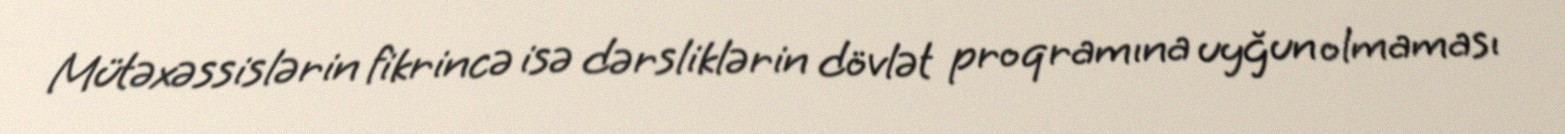
Mütəxəssislərin fikrincə isə dərsliklərin dövlət proqramına uyğun olmaması